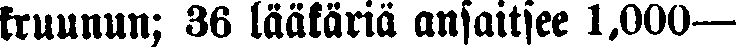
kruunun; 36 lääkäriä ansaitsee 1,000—